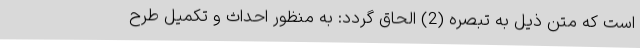
است که متن ذیل به تبصره (2) الحاق گردد: به منظور احداث و تکمیل طرح